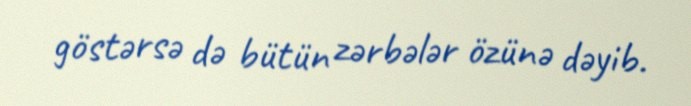
göstərsə də bütün zərbələr özünə dəyib.